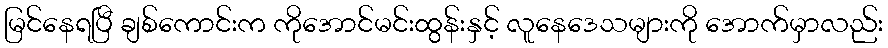
မြင်နေရပြီ ချစ်ကောင်းက ကိုအောင်မင်းထွန်းနှင့် လူနေဒေသများကို အောက်မှာလည်း